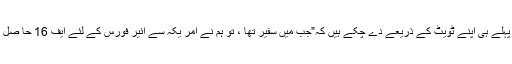
حسین حقانی، وزیر دفاع خواجہ آصف کے بے بنیا د الزامات کا جواب پہلے ہی اپنے ٹویٹ کے ذریعے دے چکے ہیں کہ”جب میں سفیر تھا ، تو ہم نے اِمر یکہ سے ائیر فورس کے لئے ایف 16 حا صل کئے مجھے نہیں پتا کہ وزیر دفا ع مجھ پر کیو ں الزام لگا رہے ہیں ‘۔